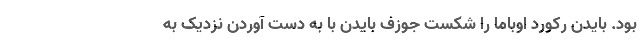
بود. بایدن رکورد اوباما را شکست جوزف بایدن با به دست آوردن نزدیک به